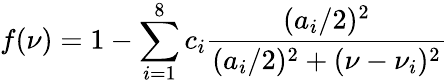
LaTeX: f(\nu)=1-\sum_{i=1}^{8}c_{i}\frac{(a_{i}/2)^{2}}{(a_{i}/2)^{2}+(\nu-\nu_{i})^{2}}